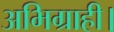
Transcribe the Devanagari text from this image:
अभिग्राही।